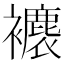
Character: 𧞱